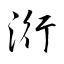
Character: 洐